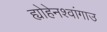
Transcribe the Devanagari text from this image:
ह्योहेनश्वांगाउ